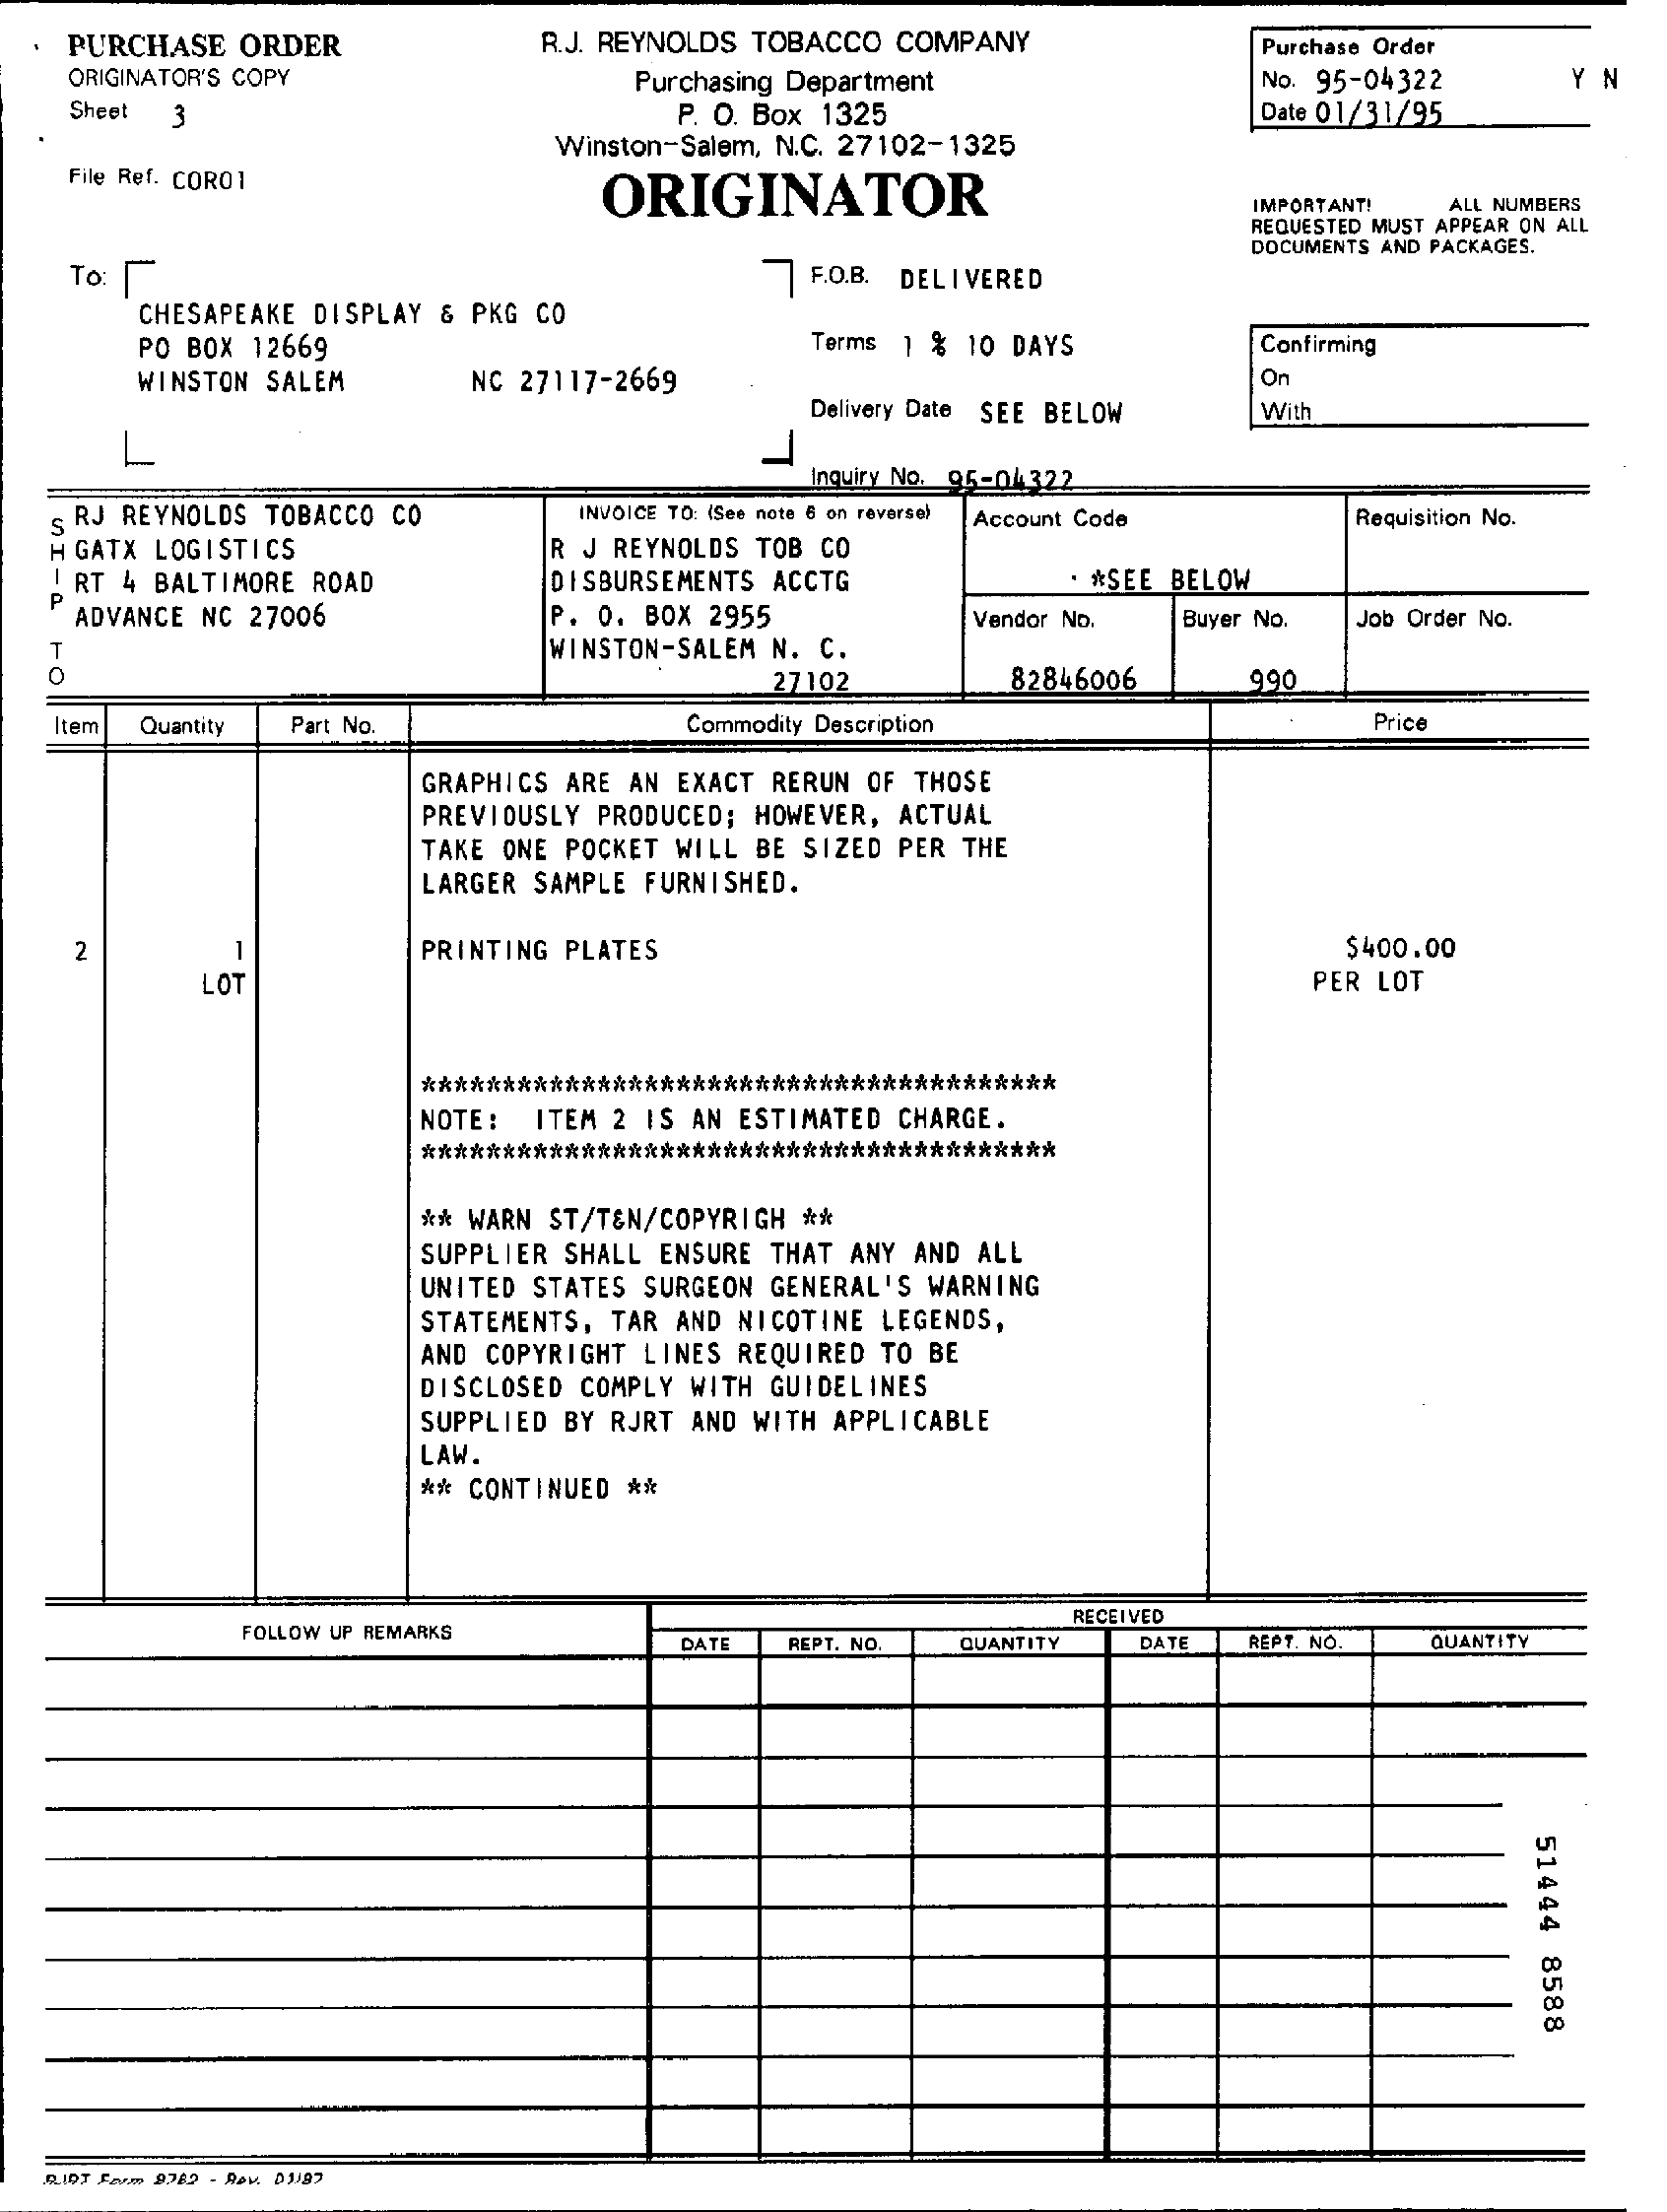
PURCHASE ORDER    R.J. REYNOLDS TOBACCO COMPANY    Purchase Order
    ORIGINATOR'S COPY    Purchasing Department    No. 95-04322    Y N
    Sheet 3    P. O. Box 1325    Date 01/31/95
     Winston-Salem, N.C. 27102-1325
    File Ref. CORO1
     ORIGINATOR    IMPORTANT! ALL NUMBERS
     REQUESTED MUST APPEAR ON ALL
    To:    F.O.B. DELIVERED
     DOCUMENTS AND PACKAGES.
     CHESAPEAKE DISPLAY & PKG CO
     PO BOX 12669    Terms 1 % 10 DAYS    Confirming
     WINSTON SALEM    NC 27117-2669    On
     Delivery Date SEE BELOW With
     L
     Inquiry No. 95-04322
   SRJ REYNOLDS TOBACCO CO   INVOICE TO: (See note 8 on reverse) Account Code Requisition No.
   H GATX LOGISTICS
    RT 4 BALTIMORE ROAD
     R J REYNOLDS TOB CO
   P
     DISBURSEMENTS ACCTG    · * SEE BELOW
    ADVANCE NC 27006    P. O. BOX 2955
     WINSTON-SALEM N. C.
     Vendor No. Buyer No. Job Order No.
   0    27102    82846006    990
   Item Quantity Part No.    Commodity Description    Price
     GRAPHICS ARE AN EXACT RERUN OF THOSE
     PREVIOUSLY PRODUCED; HOWEVER, ACTUAL
     TAKE ONE POCKET WILL BE SIZED PER THE
     LARGER SAMPLE FURNISHED.
    2
     LOT
     PRINTING PLATES    $400.00
     PER LOT
     ****************************************
     NOTE : ITEM 2 IS AN ESTIMATED CHARGE.
     ****************************************
     ** WARN ST/T&N/COPYRIGH **
     SUPPLIER SHALL ENSURE THAT ANY AND ALL
     UNITED STATES SURGEON GENERAL'S WARNING
     STATEMENTS, TAR AND NICOTINE LEGENDS,
     AND COPYRIGHT LINES REQUIRED TO BE
     DISCLOSED COMPLY WITH GUIDELINES
     SUPPLIED BY RJRT AND WITH APPLICABLE
     LAW.
     ** CONTINUED **
     FOLLOW UP REMARKS
     RECEIVED
     DATE REPT. NO. QUANTITY DAT REPT. NO. QUANTITY
     51444
     8588
   RIDT Spam 9782 - Row. DJ187